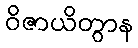
ဝိဇာယိတွာန